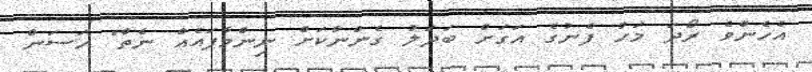
އެހެންވެ ރޯދަ މަހު ފެނުގެ އަގަށް ބަދަލު ގެންނާކަށް ނިންމާފައެއް ނެތް" ހަސަން